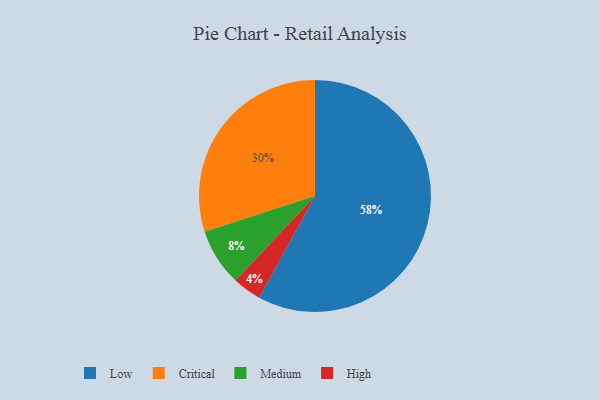
{"axis": {"x": "Category", "y": "Percentage"}, "legend": ["Critical", "High", "Low", "Medium"], "data": [{"x": "Medium", "y": 8, "type": "Medium"}, {"x": "Critical", "y": 30, "type": "Critical"}, {"x": "High", "y": 4, "type": "High"}, {"x": "Low", "y": 58, "type": "Low"}]}